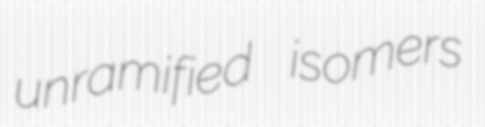
unramified isomers